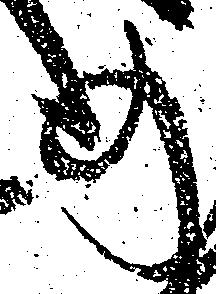
の